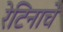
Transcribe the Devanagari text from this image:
रेटिनाचे